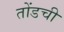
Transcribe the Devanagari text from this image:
तोंडची